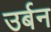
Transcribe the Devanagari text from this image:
उर्बन